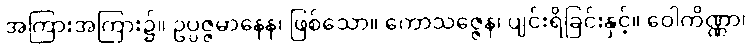
အကြားအကြား၌။ ဥပ္ပဇ္ဇမာနေန၊ ဖြစ်သော။ ကောသဇ္ဇေန၊ ပျင်းရိခြင်းနှင့်။ ဝေါကိဏ္ဏာ၊